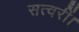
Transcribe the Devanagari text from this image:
सत्वरीं।